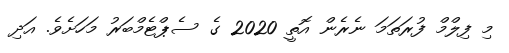
މި ފިލްމް ފުރަތަމަ ނެރެން އޮތީ 2020 ގެ ސެޕްޓެމްބަރު މަހަށެވެ. އަދި